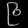
Digit: ၉